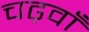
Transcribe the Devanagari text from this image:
चढ़वाँ